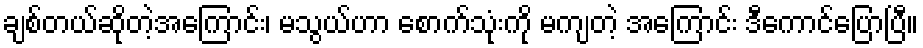
ချစ်တယ်ဆိုတဲ့အကြောင်း၊ မသွယ်ဟာ စောက်သုံးကို မကျတဲ့ အကြောင်း ဒီကောင်ပြောပြီ။